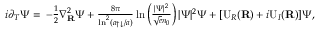
\begin{array} { r l } { i \partial _ { T } \Psi = } & { \! \! \! - \frac { 1 } { 2 } \nabla _ { \mathbf { R } } ^ { 2 } \Psi + \frac { 8 \pi } { \ln ^ { 2 } ( a _ { \uparrow \downarrow } / a ) } \ln \left( \frac { | \Psi | ^ { 2 } } { \sqrt { e } n _ { 0 } } \right) | \Psi | ^ { 2 } \Psi + [ \mathrm { U } _ { R } ( \mathbf { R } ) + i \mathrm { U } _ { I } ( \mathbf { R } ) ] \Psi , } \end{array}